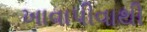
ખાવાપીવાથી